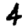
Digit: 4